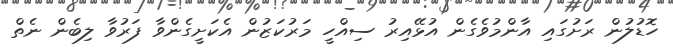
ހޮޑުލުން ރަށުގައި އާންމުވެގެން އުޅޭއިރު ސިއްހީ މަރުކަޒުން އެކަށީގެންވާ ފަރުވާ ލިބެން ނެތް